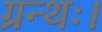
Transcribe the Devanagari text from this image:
ग्रन्थः।